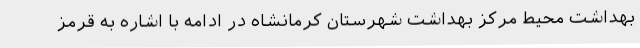
بهداشت محیط مرکز بهداشت شهرستان کرمانشاه در ادامه با اشاره به قرمز